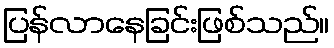
ပြန်လာနေခြင်းဖြစ်သည်။